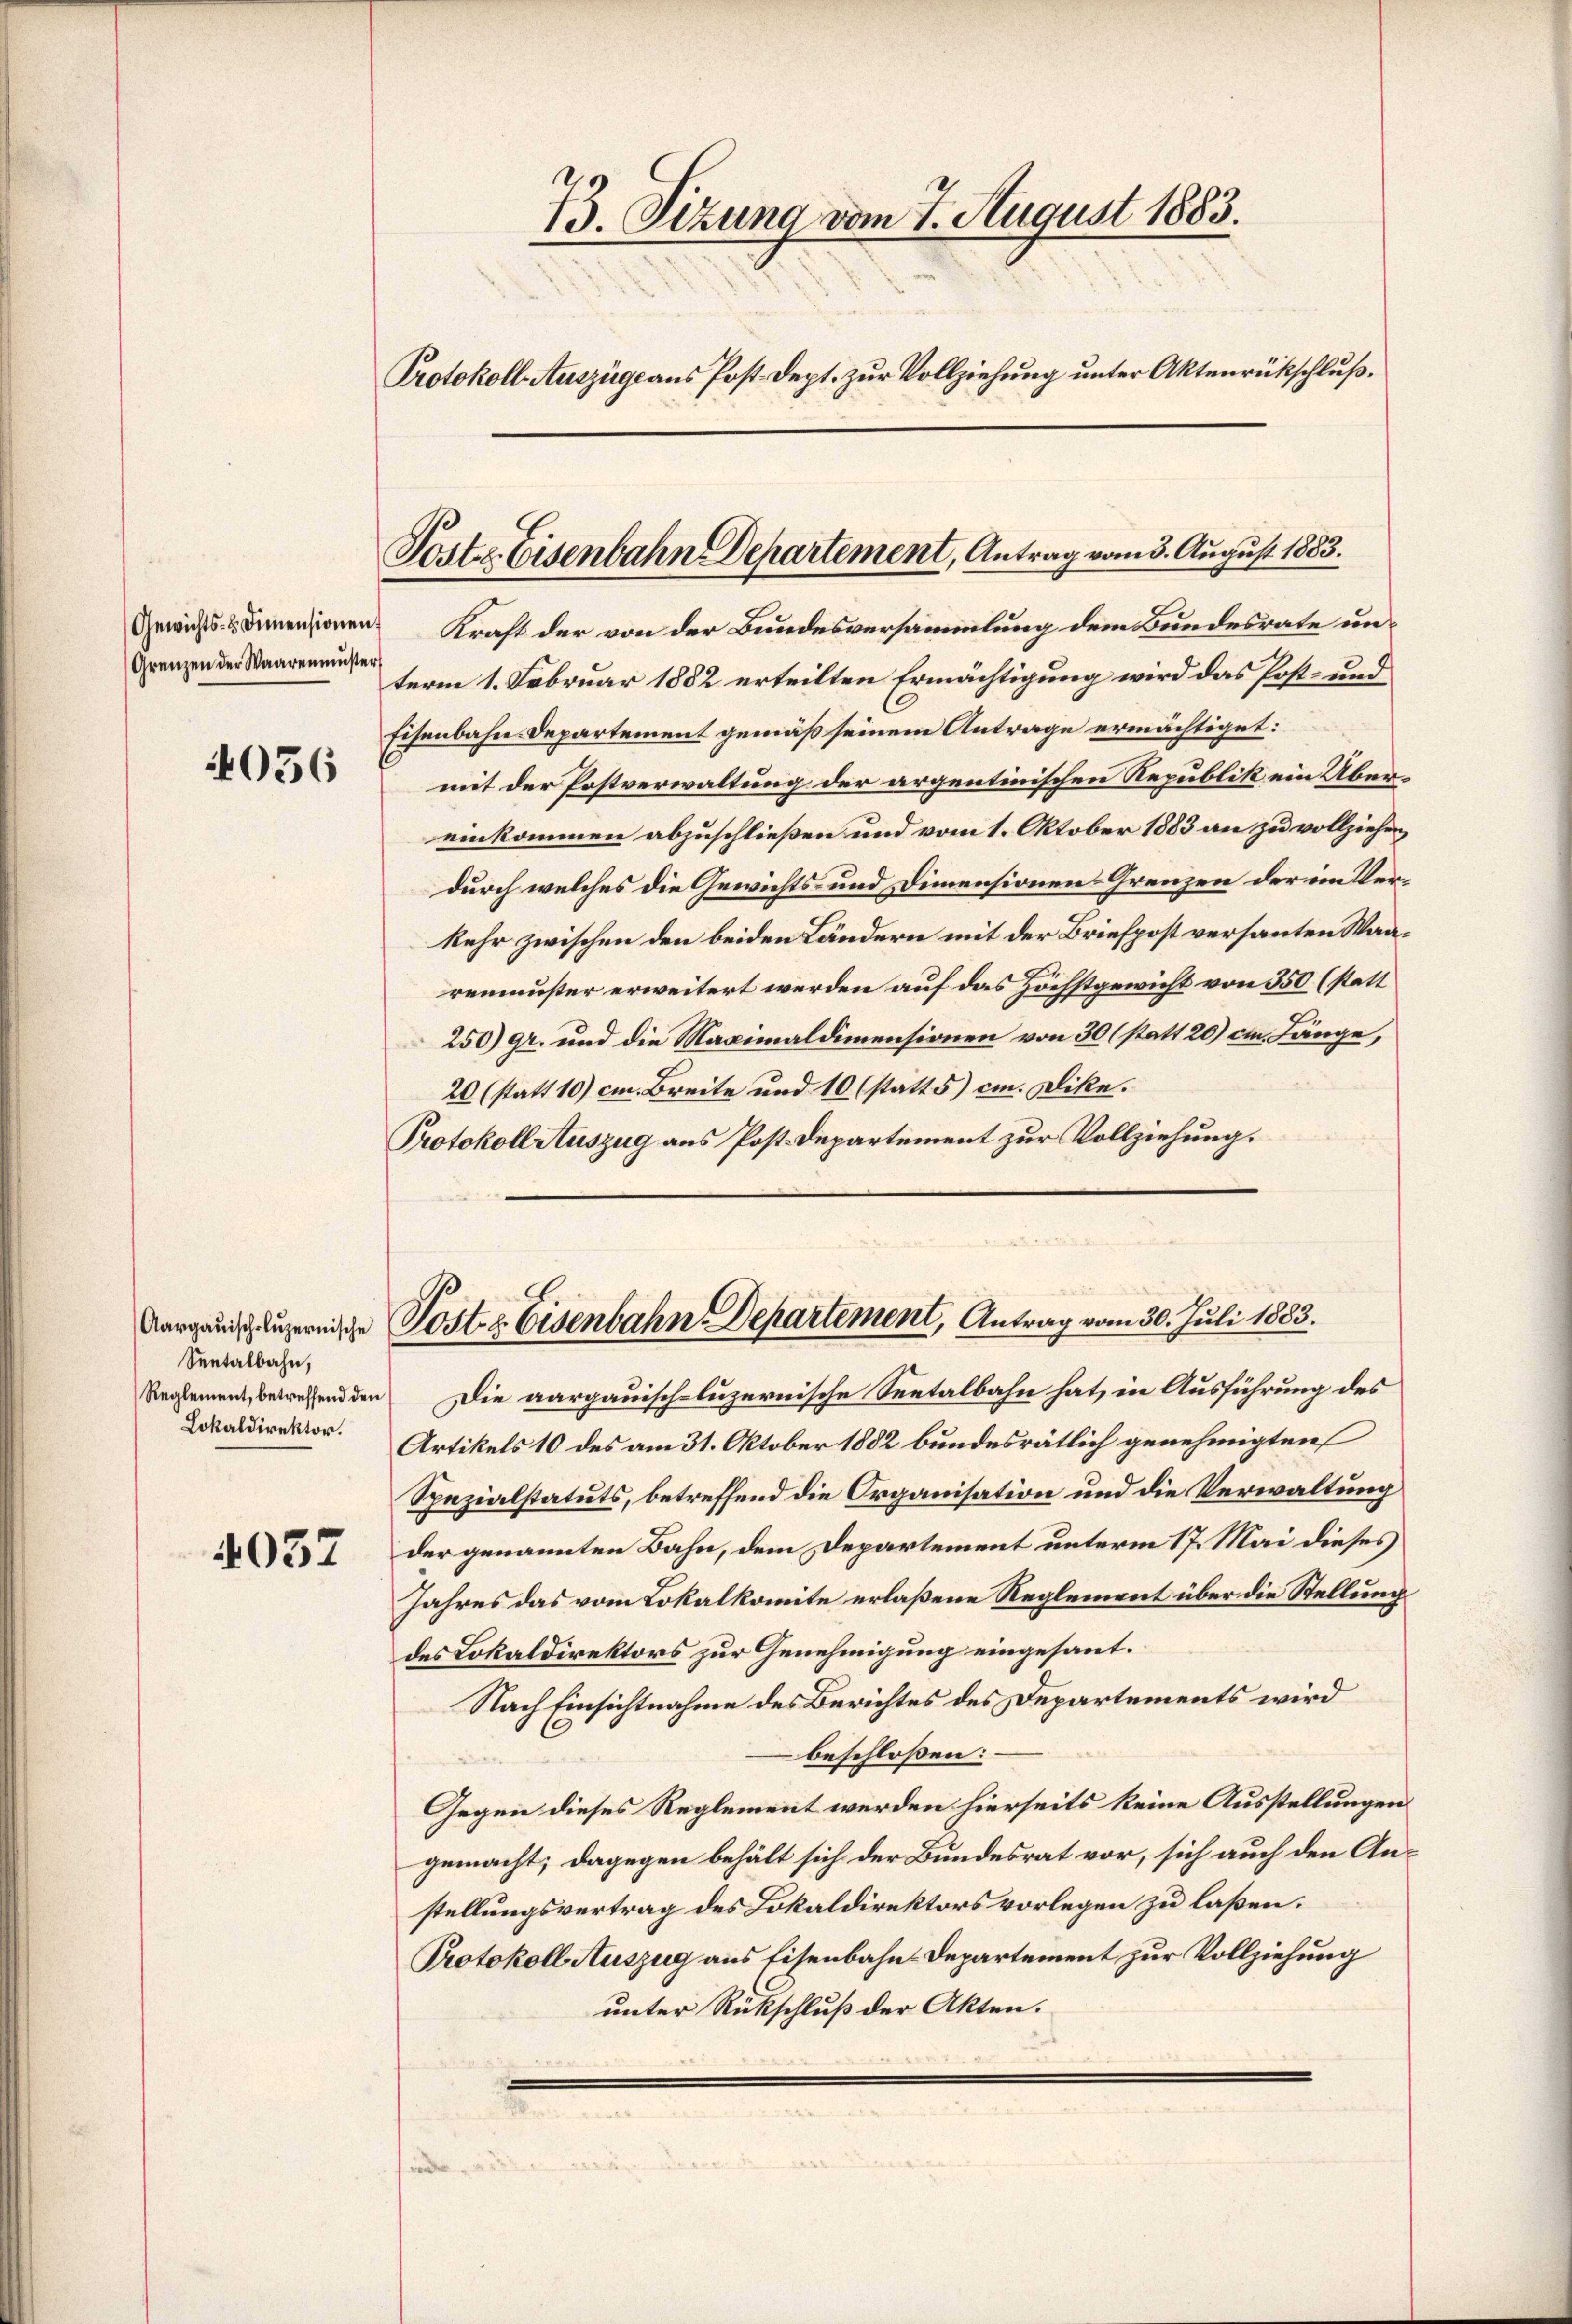
Grenzen der Waarenmuster

4036

Seetalbahn,
Lokaldirektor.

4037

73. Sitzung vom 7. August 1883.
Protokoll Auszüge aus Post Dept. zur Vollziehung unter Aktenrückschluß.

Post. Eisenbahn Departement, Antrag vom 3. August 1883.

Gewichts- & Innensionen Kraft der von der Bundesversammlung dem Bundesrate unterm 1. Februar 1882 erteilten Ermächtigung wird das Post- und
Eisenbahn-Departement gemäß seinem Antrage ermächtiget:
mit der Postverwaltung der argentinischen Republik ein Übereinkommen abzuschließen und vom 1. Oktober 1883 an zu vollziehen,
durch welches die Gewichts- und Dimensionen Grenzen der im Verkehr zwischen den beiden Ländern mit der Briefpost versanten Waarenmuster erweitert werden auf das Höchstgewicht von 350 (statt
250) gr. und die Maximaldimensionen von 30 (statt 20) im Länge,
20 (statt 10) cm Breite und 10 (statt 5) cm. Dike.
Protokoll Auszug aus Post. Departement zur Vollziehung.

Aargauischluzernische Postz Eisenbahn-Departement, Antrag vom 30. Juli 1883.

Reglement, betreffend den Die aargauisch-luzernische Seetalbahn hat, in Ausführung des
Artikels 10 des am 31. Oktober 1882 bundesrätlich genehmigten
Spezialstatuts, betreffend die Organisation und die Verwaltung
der genannten Bahn, dem Departement unterm 17. Mai dieses
Jahres das vom Lokalkomite erlaßene Reglement über die Stellung
des Lokaldirektors zur Genehmigung eingesant.
Nach Einsichtnahme des Berichtes des Departements wird
beschloßen:
Gegen dieses Reglement werden hierseits keine Ausstellungen
gemacht; dagegen behält sich der Bundesrat vor, sich auch den An-
stellungsvertrag des Lokaldirektors vorlegen zu laßen.
Protokoll Auszug aus Eisenbahn-Departement zur Vollziehung
unter Rückschluß der Akten.